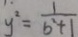
y ^ { 2 } = \frac { 1 } { b ^ { 2 } + 1 }